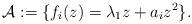
LaTeX: \begin{align*}\mathcal A:=\{f_i(z)=\lambda_1z+a_iz^2\}.\end{align*}